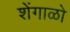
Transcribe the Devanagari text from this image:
शेंगाळो